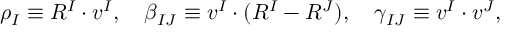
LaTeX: \rho _ { I } \equiv R ^ { I } \cdot v ^ { I } , \quad \beta _ { I J } \equiv v ^ { I } \cdot ( R ^ { I } - R ^ { J } ) , \quad \gamma _ { I J } \equiv v ^ { I } \cdot v ^ { J } ,